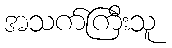
အသက်ကြီးသူ